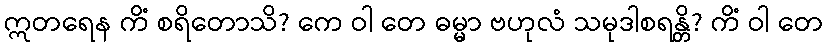
ဣတရေန ကိံ စရိတောသိ? ကေ ဝါ တေ ဓမ္မာ ဗဟုလံ သမုဒါစရန္တိ? ကိံ ဝါ တေ